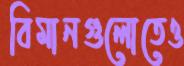
বিমানগুলোতেও